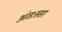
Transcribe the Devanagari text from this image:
अंतःस्तर